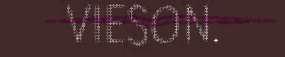
VIESON.